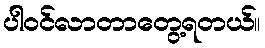
ပါဝင်လာတာတွေ့ရတယ်။